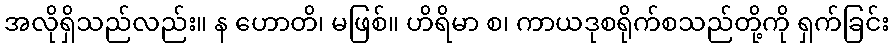
အလိုရှိသည်လည်း။ န ဟောတိ၊ မဖြစ်။ ဟိရိမာ စ၊ ကာယဒုစရိုက်စသည်တို့ကို ရှက်ခြင်း